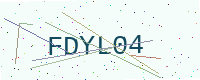
Text: FDYL04